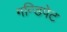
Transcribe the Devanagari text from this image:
गन्डिपेट